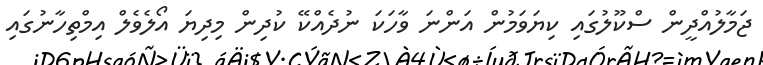
ޖަމާލުއްދީން ސްކޫލުގައި ކިޔަވަމުން އަންނަ ވާހަކަ ނުދެއްކޭ ކުދިން މިދިޔަ އޯލެވެލް އިމްތިހާނުގައި